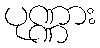
ပုဏ္ဏား